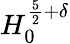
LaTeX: H_{0}^{\frac{5}{2}+\delta}